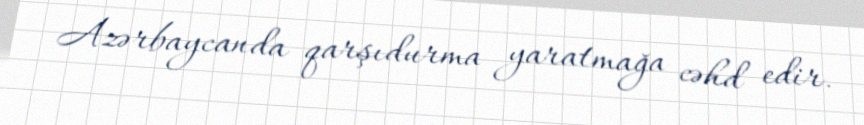
Azərbaycanda qarşıdurma yaratmağa cəhd edir.